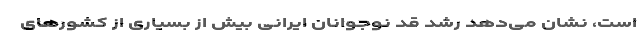
است، نشان می‌دهد رشد قد نوجوانان ایرانی بیش از بسیاری از کشور‌های